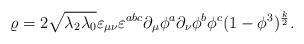
LaTeX: \begin{align*}\varrho = 2\sqrt{\lambda_2\lambda_0}\varepsilon_{\mu \nu} \varepsilon^{abc} \partial_{\mu} \phi^a\partial_{\nu} \phi^b \phi^c(1-\phi^3)^{\frac{k}{2}} .\end{align*}